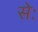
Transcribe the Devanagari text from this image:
सेः